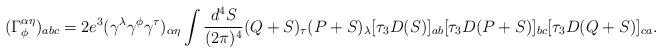
LaTeX: \begin{align*}(\Gamma^{\alpha\eta}_{\phi})_{abc} = 2e^3(\gamma^\lambda \gamma^\phi \gamma^\tau)_{\alpha\eta} \int \frac{d^4 S}{(2\pi)^4} (Q+S)_{\tau} (P+S)_\lambda [\tau_3 D(S)]_{ab} [\tau_3 D(P+S) ]_{bc}[\tau_3 D(Q+S)]_{ca}.\end{align*}